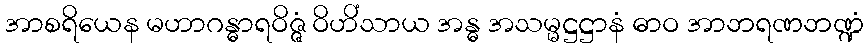
အာစရိယေန မဟာဂန္ဓာရဝိဇ္ဇံ ဝိဟိံသာယ အန္ဓ အသမ္မဋ္ဌဋ္ဌာနံ ဓာဝ အာဘရဏဘဏ္ဍံ